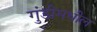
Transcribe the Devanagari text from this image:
गुंडीमधील